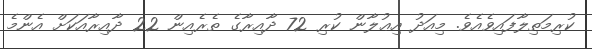
ކުރިމަތިލާފައިވެއެވެ. މިއަދު އިޢުލާން ކުރި 72 ދާއިރާގެ ތެރެއިން 22 ދާއިރާއަކަށް އެންމެ